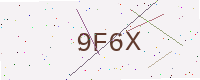
Text: 9F6X